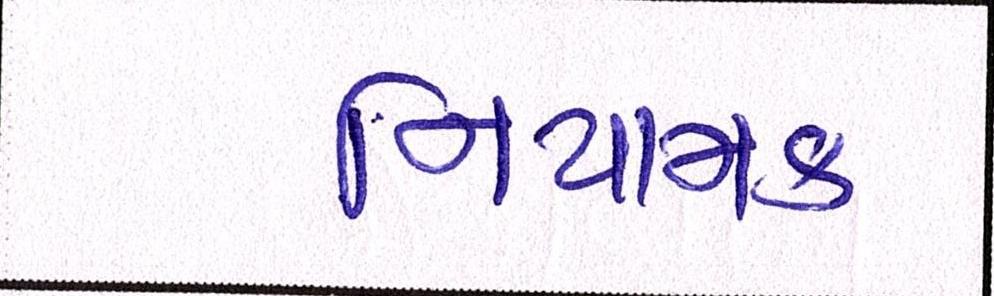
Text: નિયામક